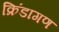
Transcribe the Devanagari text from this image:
क्रिंडागण